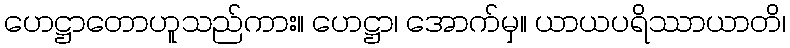
ဟေဋ္ဌာတောဟူသည်ကား။ ဟေဋ္ဌာ၊ အောက်မှ။ ယာယပရိဿာယာတိ၊